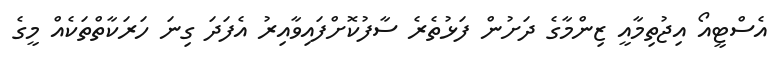
އެސްޓީއޯ އިޖުތިމާއީ ޒިންމާގެ ދަށުން ފަޅުތެރެ ސާފުކޮށްފައިވާއިރު އެފަދަ ގިނަ ހަރަކާތްތަކެއް މީގެ